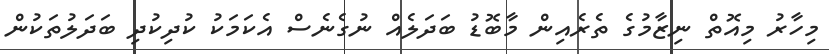
މިހާރު މިއޮތް ނިޒާމުގެ ތެރެއިން މާބޮޑު ބަދަލެއް ނުގެނެސް އެކަމަކު ކުދިކުދި ބަދަލުތަކުން